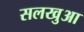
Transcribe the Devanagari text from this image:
सलखुआ